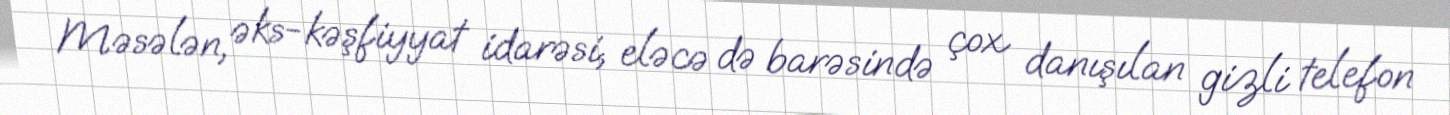
Məsələn, əks-kəşfiyyat idarəsi, eləcə də barəsində çox danışılan gizli telefon